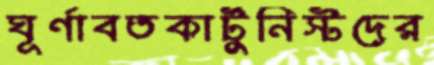
ঘূর্ণাবতকার্টুনিস্টদের